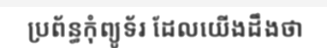
ប្រព័ន្ធកុំព្យូទ័រ ដែលយើងដឹងថា